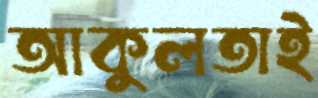
আকুলতাই